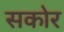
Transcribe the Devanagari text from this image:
सकोर